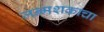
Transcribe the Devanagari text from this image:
जन्मशकाचा